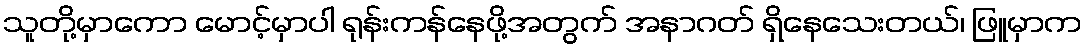
သူတို့မှာကော မောင့်မှာပါ ရုန်းကန်နေဖို့အတွက် အနာဂတ် ရှိနေသေးတယ်၊ ဖြူမှာက